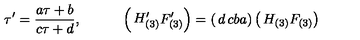
\tau ^ { \prime } = \frac { a \tau + b } { c \tau + d } , \quad \quad \quad \left( \begin{matrix} { H _ { ( 3 ) } ^ { \prime } } \\ { F _ { ( 3 ) } ^ { \prime } } \\ \end{matrix} \right) = \left( \begin{matrix} { d } & { c } \\ { b } & { a } \\ \end{matrix} \right) \left( \begin{matrix} { H _ { ( 3 ) } } \\ { F _ { ( 3 ) } } \\ \end{matrix} \right) \